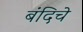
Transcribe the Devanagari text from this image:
बंदिचे